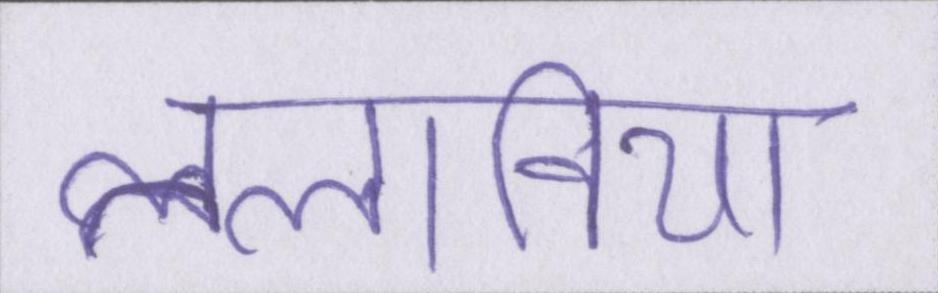
तलाविया